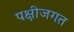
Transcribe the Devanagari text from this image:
पक्षीजगत